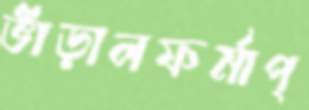
ভাঁড়ালফর্মাপ্